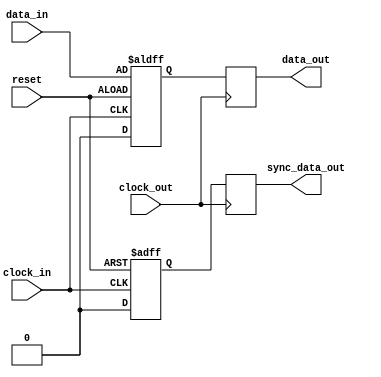
module bypass_register (
    input wire data_in,
    output wire data_out,
    input wire clock_in,
    input wire clock_out,
    input wire reset,
    output reg sync_data_out
);

reg data_reg;
reg sync_data_reg;

always @(posedge clock_in or negedge reset) begin
    if (reset) begin
        data_reg <= 1'b0;
        sync_data_reg <= 1'b0;
    end else begin
        data_reg <= data_in;
        sync_data_reg <= 1'b1;
    end
end

always @(posedge clock_out) begin
    data_out <= data_reg;
    sync_data_out <= sync_data_reg;
end

endmodule